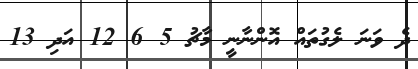
ދެ ވަނަ ލެގުތައް އޮންނާނީ މާޗު 5 6 12 އަދި 13